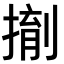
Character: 𪮌